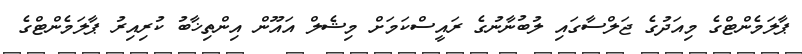
ޕާލަމެންޓްގެ މިއަދުގެ ޖަލްސާގައި ލުބުނާނުގެ ރައީސްކަމަށް މިޝެލް އައޫން އިންތިޚާބު ކުރިއިރު ޕާލަމެންޓްގެ